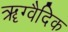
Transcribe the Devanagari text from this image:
ॠग्वैदिक